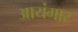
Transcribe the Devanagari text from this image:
आयंगार